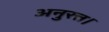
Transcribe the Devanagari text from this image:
अनुरत्त।